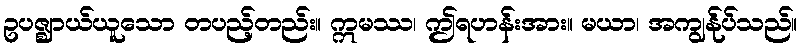
ဥပဇ္ဈာယ်ယူသော တပည့်တည်း။ ဣမဿ၊ ဤရဟန်းအား။ မယာ၊ အကျွန်ုပ်သည်။